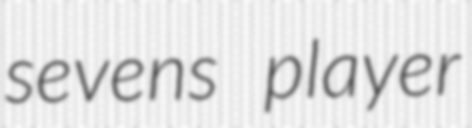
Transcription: sevens player